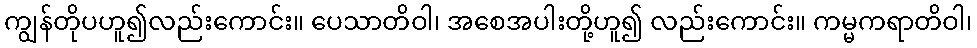
ကျွန်တိုပဟူ၍လည်းကောင်း။ ပေသာတိဝါ၊ အစေအပါးတို့ဟူ၍ လည်းကောင်း။ ကမ္မကရာတိဝါ၊